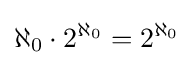
\aleph _{0}\cdot 2^{\aleph _{0}}=2^{\aleph _{0}}